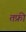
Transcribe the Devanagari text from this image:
तफ्री